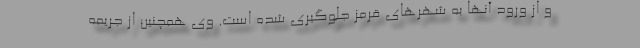
و از ورود آنها به شهرهای قرمز جلوگیری شده است. وی همچنین از جریمه